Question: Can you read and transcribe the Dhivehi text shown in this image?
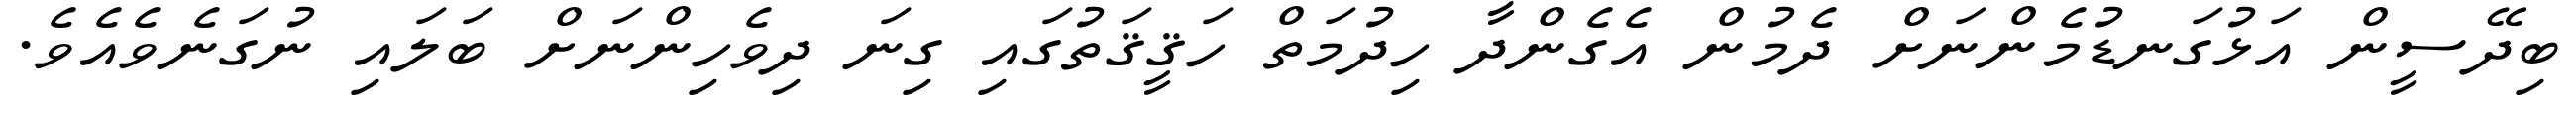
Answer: ބިދޭސީން އަޅުގަނޑުމެންނަށް ދެމުން އެގެންދާ ހިދުމަތް ހަޤީޤަތުގައި ގިނަ ދިވެހިންނަށް ބަލައި ނުގަނެވެއެވެ.